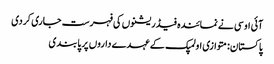
آئی او سی نے نمائندہ فیڈریشنوں کی فہرست جاری کردی
پاکستان: متوازی اولمپک کے عہدے داروں پر پابندی